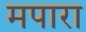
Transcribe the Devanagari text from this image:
मपारा